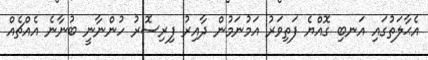
އެޙާލަތުގައި އަނބި ގޮއްޔެ ފަތިވަރު އަމުނަމުން ދާއިރު ފިރިސޮރު ހުންނާނީ ބުނާނެ އެއްޗެއް